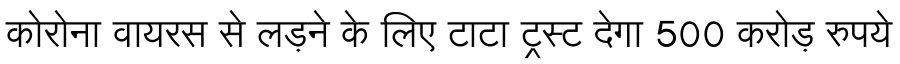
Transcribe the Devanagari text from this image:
कोरोना वायरस से लड़ने के लिए टाटा ट्रस्ट देगा 500 करोड़ रुपये